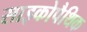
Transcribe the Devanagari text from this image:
साइकोपैथिक